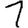
Digit: 1